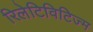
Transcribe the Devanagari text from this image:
रिलेटिविटिज्म